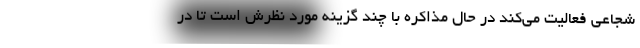
شجاعی فعالیت می‌کند در حال مذاکره با چند گزینه مورد نظرش است تا در